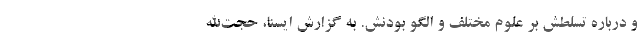
و درباره تسلطش بر علوم مختلف و الگو بودنش. به گزارش ایسنا، حجت‌الله